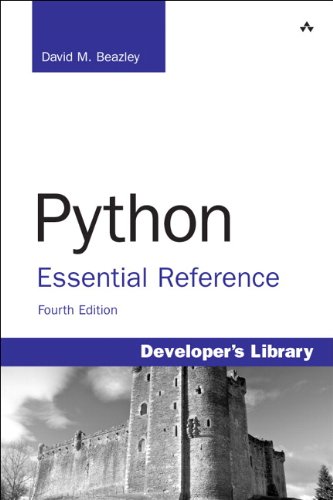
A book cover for Python Essential Reference (4th Edition); David M. Beazley; Computers & Technology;